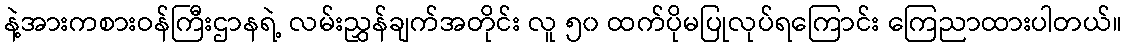
နဲ့အားကစားဝန်ကြီးဌာနရဲ့ လမ်းညွှန်ချက်အတိုင်း လူ ၅၀ ထက်ပိုမပြုလုပ်ရကြောင်း ကြေညာထားပါတယ်။